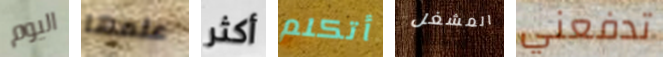
اليوم علمها أكثر أتكلم المشغل تدفعني